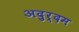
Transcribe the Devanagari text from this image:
अदुर्दम